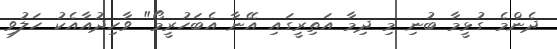
ދެންމެ ގުޅީމާ ބުނި މި ދިމާ އަތިރީގައި އޭނާ އެބަހުރީމޯ" ވާހިދުއާއެކު ހަލުވި